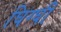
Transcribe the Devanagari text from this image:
घिग्घी